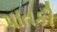
પાતકી